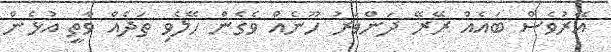
އޭރުވެސް ބައެއް ރޭރޭ ދަންވަރު ހޫނެއް ވެގެން ހޭލެވި ތަދެއް ވާތީ އުޅެން